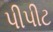
પીપીટ